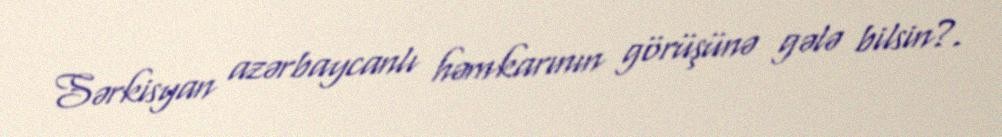
Sərkisyan azərbaycanlı həmkarının görüşünə gələ bilsin?.